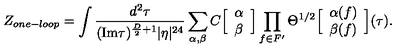
Z _ { o n e - l o o p } = \int { \frac { d ^ { 2 } \tau } { ( \mathrm { I m } \tau ) ^ { { \frac { D } { 2 } } + 1 } | \eta | ^ { 2 4 } } } \sum _ { \alpha , \beta } C \Big [ \begin{array} { c } { \alpha } \\ { \beta } \\ \end{array} \Big ] \prod _ { f \in F ^ { \prime } } \Theta ^ { 1 / 2 } \Big [ \begin{array} { c } { \alpha ( f ) } \\ { \beta ( f ) } \\ \end{array} \Big ] ( \tau ) .